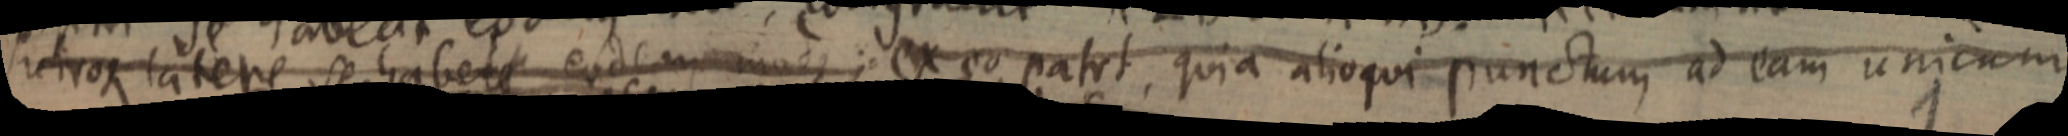
retroque latere se habere eodem modo; ex eo patet, quia alioqui punctum, ad eam unicum